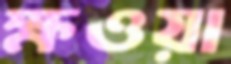
ক্ষওয়া